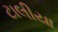
ટાલીયા